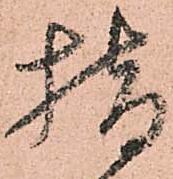
指